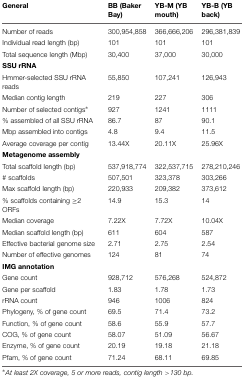
| General | BB (Baker Bay) | YB-M (YB mouth) | YB-B (YB back) |
 | --- | --- | --- | --- |
 | Number of reads | 300,954,858 | 366,666,206 | 296,381,839 |
 | Individual read length (bp) | 101 | 101 | 101 |
 | Total sequence length (Mbp) | 30,400 | 37,000 | 30,000 |
 | <COLSPAN=4> SSU rRNA |
 | Hmmer-selected SSU rRNA reads | 55,850 | 107,241 | 126,943 |
 | Median contig length | 219 | 227 | 306 |
 | Number of selected contigs∗ | 927 | 1241 | 1111 |
 | % assembled of all SSU rRNA | 86.7 | 87 | 90.1 |
 | Mbp assembled into contigs | 4.8 | 9.4 | 11.5 |
 | Average coverage per contig | 13.44X | 20.11X | 25.96X |
 | <COLSPAN=4> Metagenome assembly |
 | Total scaffold length (bp) | 537,918,774 | 322,537,715 | 278,210,246 |
 | # scaffolds | 507,501 | 323,378 | 303,266 |
 | Max scaffold length (bp) | 220,933 | 209,382 | 373,612 |
 | % scaffolds containing ≥2 ORFs | 14.9 | 15.3 | 14 |
 | Median coverage | 7.22X | 7.72X | 10.04X |
 | Median scaffold length (bp) | 611 | 604 | 587 |
 | Effective bacterial genome size | 2.71 | 2.75 | 2.54 |
 | Number of effective genomes | 124 | 81 | 74 |
 | <COLSPAN=4> IMG annotation |
 | Gene count | 928,712 | 576,268 | 524,872 |
 | Gene per scaffold | 1.83 | 1.78 | 1.73 |
 | rRNA count | 946 | 1006 | 824 |
 | Phylogeny, % of gene count | 69.5 | 71.4 | 73.2 |
 | Function, % of gene count | 58.6 | 55.9 | 57.7 |
 | COG, % of gene count | 58.07 | 51.09 | 56.67 |
 | Enzyme, % of gene count | 20.19 | 19.18 | 21.18 |
 | Pfam, % of gene count | 71.24 | 68.11 | 69.85 |